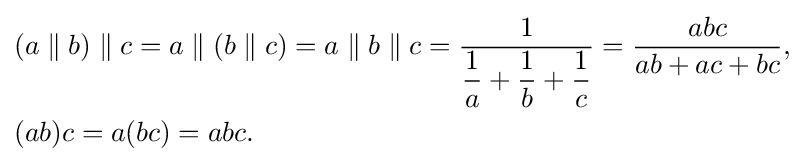
{\begin{aligned}&(a\parallel b)\parallel c=a\parallel (b\parallel c)=a\parallel b\parallel c={\frac {1}{{\dfrac {1}{a}}+{\dfrac {1}{b}}+{\dfrac {1}{c}}}}={\frac {abc}{ab+ac+bc}},\\&(ab)c=a(bc)=abc.\end{aligned}}